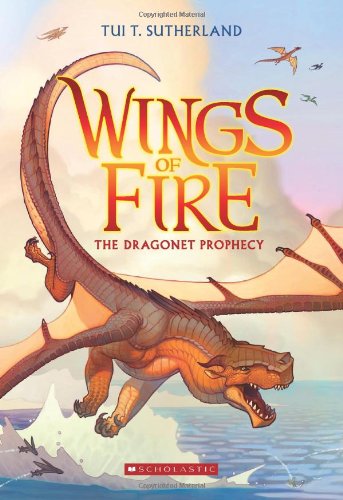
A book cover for Wings of Fire Book One: The Dragonet Prophecy; Tui T. Sutherland; Children's Books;